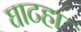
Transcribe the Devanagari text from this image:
घाटहा